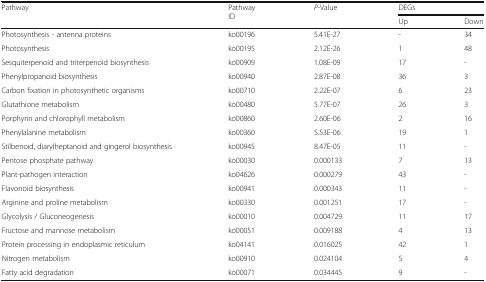
<table><thead><tr><td rowspan="2"><b>Pathway</b></td><td rowspan="2"><b>Pathway ID</b></td><td rowspan="2"><b><i>P</i>-Value</b></td><td colspan="2"><b>DEGs</b></td></tr><tr><td><b>Up</b></td><td><b>Down</b></td></tr></thead><tbody><tr><td>Photosynthesis - antenna proteins</td><td>ko00196</td><td>5.41E-27</td><td>-</td><td>34</td></tr><tr><td>Photosynthesis</td><td>ko00195</td><td>2.12E-26</td><td>1</td><td>48</td></tr><tr><td>Sesquiterpenoid and triterpenoid biosynthesis</td><td>ko00909</td><td>1.08E-09</td><td>17</td><td>-</td></tr><tr><td>Phenylpropanoid biosynthesis</td><td>ko00940</td><td>2.87E-08</td><td>36</td><td>3</td></tr><tr><td>Carbon fixation in photosynthetic organisms</td><td>ko00710</td><td>2.22E-07</td><td>6</td><td>23</td></tr><tr><td>Glutathione metabolism</td><td>ko00480</td><td>5.77E-07</td><td>26</td><td>3</td></tr><tr><td>Porphyrin and chlorophyll metabolism</td><td>ko00860</td><td>2.60E-06</td><td>2</td><td>16</td></tr><tr><td>Phenylalanine metabolism</td><td>ko00360</td><td>5.53E-06</td><td>19</td><td>1</td></tr><tr><td>Stilbenoid, diarylheptanoid and gingerol biosynthesis</td><td>ko00945</td><td>8.47E-05</td><td>11</td><td>-</td></tr><tr><td>Pentose phosphate pathway</td><td>ko00030</td><td>0.000133</td><td>7</td><td>13</td></tr><tr><td>Plant-pathogen interaction</td><td>ko04626</td><td>0.000279</td><td>43</td><td>-</td></tr><tr><td>Flavonoid biosynthesis</td><td>ko00941</td><td>0.000343</td><td>11</td><td>-</td></tr><tr><td>Arginine and proline metabolism</td><td>ko00330</td><td>0.001251</td><td>17</td><td>-</td></tr><tr><td>Glycolysis / Gluconeogenesis</td><td>ko00010</td><td>0.004729</td><td>11</td><td>17</td></tr><tr><td>Fructose and mannose metabolism</td><td>ko00051</td><td>0.009188</td><td>4</td><td>13</td></tr><tr><td>Protein processing in endoplasmic reticulum</td><td>ko04141</td><td>0.016025</td><td>42</td><td>1</td></tr><tr><td>Nitrogen metabolism</td><td>ko00910</td><td>0.024104</td><td>5</td><td>4</td></tr><tr><td>Fatty acid degradation</td><td>ko00071</td><td>0.034445</td><td>9</td><td>-</td></tr></tbody></table>